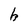
Character: h